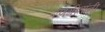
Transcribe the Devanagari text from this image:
रणगीतांनी